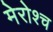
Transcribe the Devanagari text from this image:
मेरोश्च